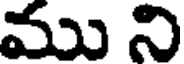
ము ని